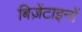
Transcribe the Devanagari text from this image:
बिज़ेंटाइनों